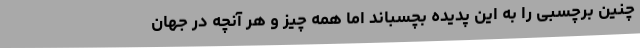
چنین برچسبی را به این پدیده بچسباند اما همه چیز و هر آنچه در جهان